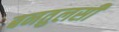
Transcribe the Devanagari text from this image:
बनतुलसी